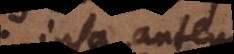
ipsa autem